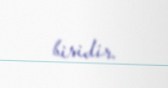
biridir.